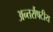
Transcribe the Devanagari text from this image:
अन्तर्रौषटीय